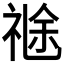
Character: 𥚤